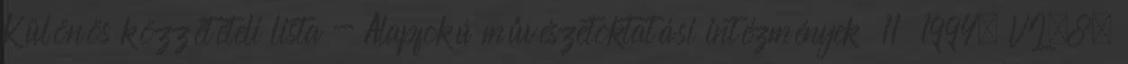
Különös közzétételi lista - Alapfokú művészetoktatási intézmények 11 1994. VI.8.